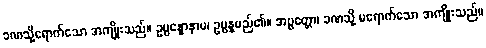
ခဏသို့ရောက်သော အကျိုးသည်။ ဥပ္ပန္နောနာမ၊ ဥပ္ပန္နမည်၏။ အပ္ပတ္တော၊ ခဏသို့ မရောက်သော အကျိုးသည်။